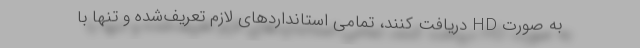
به صورت HD دریافت کنند، تمامی استانداردهای لازم تعریف‌شده و تنها با